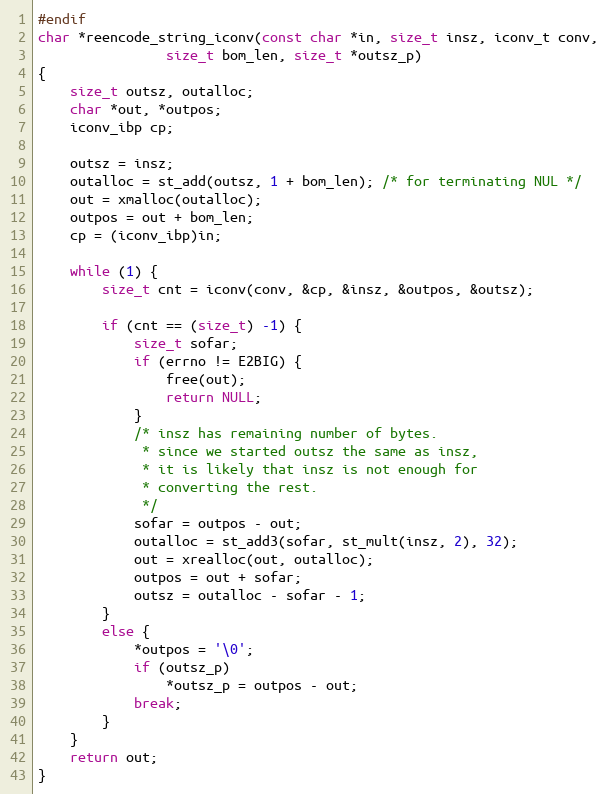
Language: C
#endif
char *reencode_string_iconv(const char *in, size_t insz, iconv_t conv,
			    size_t bom_len, size_t *outsz_p)
{
	size_t outsz, outalloc;
	char *out, *outpos;
	iconv_ibp cp;

	outsz = insz;
	outalloc = st_add(outsz, 1 + bom_len); /* for terminating NUL */
	out = xmalloc(outalloc);
	outpos = out + bom_len;
	cp = (iconv_ibp)in;

	while (1) {
		size_t cnt = iconv(conv, &cp, &insz, &outpos, &outsz);

		if (cnt == (size_t) -1) {
			size_t sofar;
			if (errno != E2BIG) {
				free(out);
				return NULL;
			}
			/* insz has remaining number of bytes.
			 * since we started outsz the same as insz,
			 * it is likely that insz is not enough for
			 * converting the rest.
			 */
			sofar = outpos - out;
			outalloc = st_add3(sofar, st_mult(insz, 2), 32);
			out = xrealloc(out, outalloc);
			outpos = out + sofar;
			outsz = outalloc - sofar - 1;
		}
		else {
			*outpos = '\0';
			if (outsz_p)
				*outsz_p = outpos - out;
			break;
		}
	}
	return out;
}